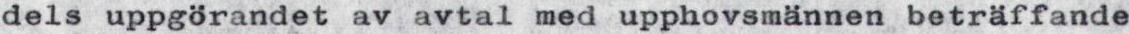
dels uppgörandet av avtal med upphovsmännen beträffande